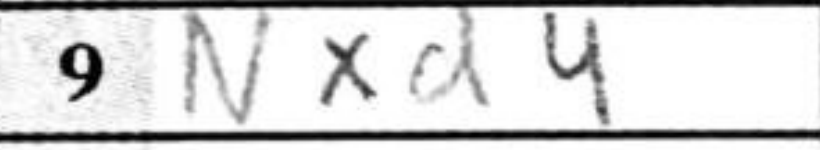
Transcription: Nxd4